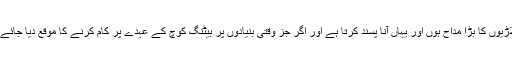
سب جانتے ہیں کہ میں پاکستانی کھلاڑیوں کا بڑا مداح ہوں اور یہاں آنا پسند کرتا ہے اور اگر جز وقتی بنیادوں پر بیٹنگ کوچ کے عہدے پر کام کرنے کا موقع دیا جائے تو میں ضرور اس پر غور کروں گا۔